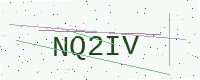
Text: NQ2IV